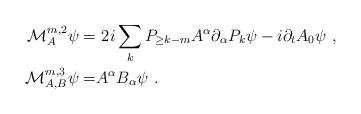
LaTeX: \begin{align*}\mathcal M_A^{m, 2} \psi = & \ 2 i \sum_k P_{\geq k-m}A^{\alpha}\partial_\alpha P_k \psi - i \partial_t A_0 \psi \ ,\\\mathcal M_{A, B}^{m, 3} \psi = & A^{\alpha} B_\alpha \psi \ .\end{align*}